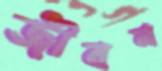
জীবন